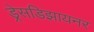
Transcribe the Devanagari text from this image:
ड्रेसडिझायनर